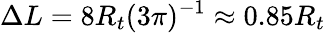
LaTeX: \Delta L=8R_{t}(3\pi)^{-1}\approx 0.85R_{t}